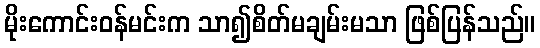
မိုးကောင်းဝန်မင်းက သာ၍စိတ်မချမ်းမသာ ဖြစ်ပြန်သည်။